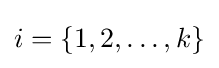
i=\{1,2,\ldots ,k\}